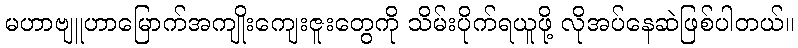
မဟာဗျူဟာမြောက်အကျိုးကျေးဇူးတွေကို သိမ်းပိုက်ရယူဖို့ လိုအပ်နေဆဲဖြစ်ပါတယ်။